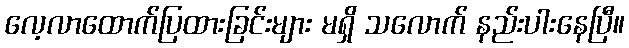
လေ့လာထောက်ပြထားခြင်းများ မရှိ သလောက် နည်းပါးနေပြီ။